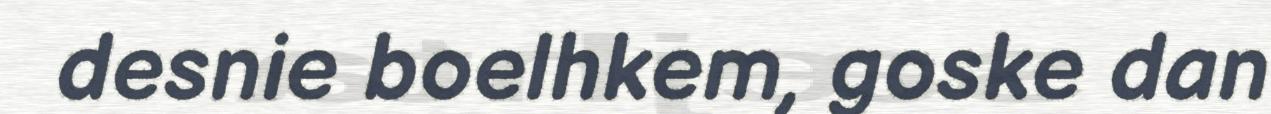
desnie boelhkem, goske dan